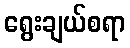
ရွေးချယ်စရာ